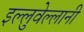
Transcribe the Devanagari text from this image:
इल्लुवेल्लानी